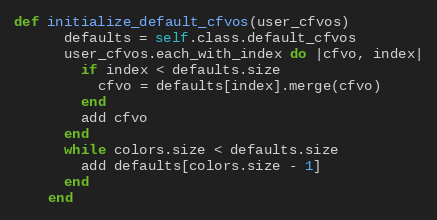
Language: Ruby
def initialize_default_cfvos(user_cfvos)
      defaults = self.class.default_cfvos
      user_cfvos.each_with_index do |cfvo, index|
        if index < defaults.size
          cfvo = defaults[index].merge(cfvo)
        end
        add cfvo
      end
      while colors.size < defaults.size
        add defaults[colors.size - 1]
      end
    end